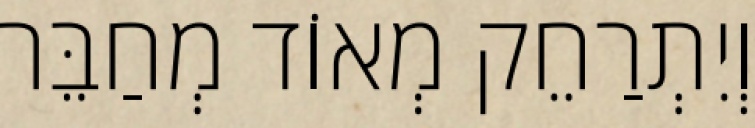
וְיִתְרַחֵק מְאוֹד מְחַבֵּר